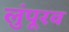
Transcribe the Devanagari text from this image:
लुंपूरव